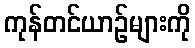
ကုန်တင်ယာဉ်များကို